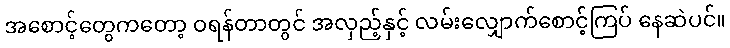
အစောင့်တွေကတော့ ဝရန်တာတွင် အလှည့်နှင့် လမ်းလျှောက်စောင့်ကြပ် နေဆဲပင်။